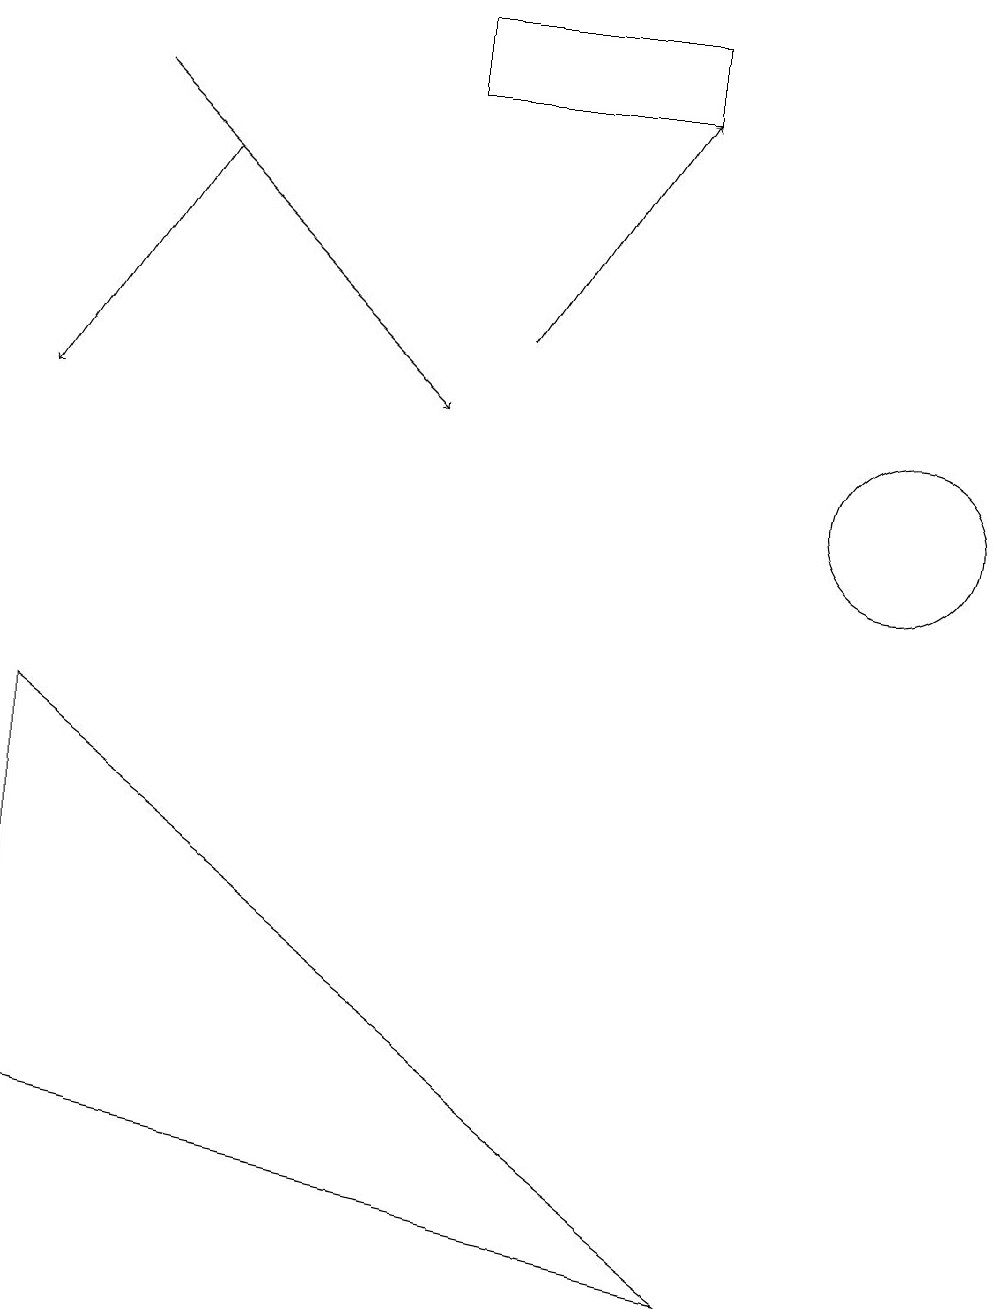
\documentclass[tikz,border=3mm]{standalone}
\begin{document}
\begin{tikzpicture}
\draw[->] (2,14) -- (0,11);
\draw[->] (1,15) -- (5,11);
\draw (11,10) circle (1);
\draw (0,2) -- (9,0) -- (0,7) -- cycle;
\draw[->] (6,12) -- (8,15);
\draw (8,16) rectangle (5,15);
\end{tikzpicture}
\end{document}